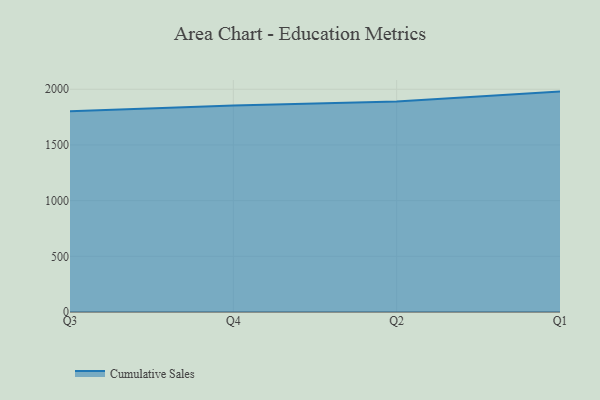
{"axis": {"x": "Quarter", "y": "Customer Acquisition Cost (USD)"}, "legend": ["Cumulative Sales"], "data": [{"x": "Q3", "y": 1802.4, "type": "Cumulative Sales"}, {"x": "Q4", "y": 1853.7, "type": "Cumulative Sales"}, {"x": "Q2", "y": 1889.5, "type": "Cumulative Sales"}, {"x": "Q1", "y": 1979.1, "type": "Cumulative Sales"}]}